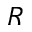
R